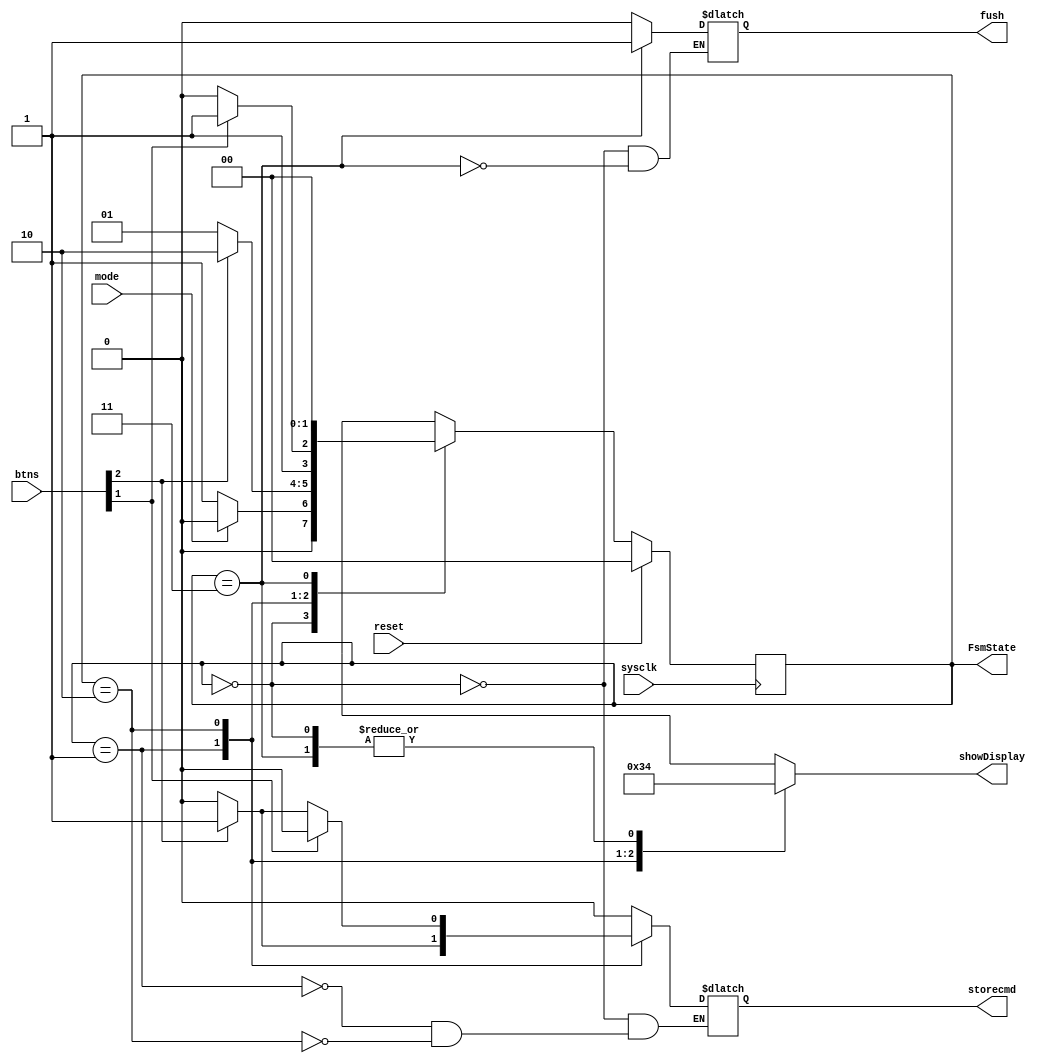
//=================================================================================//
//		File Name: Control_FSM
//		Version	: V0.1
//		Date Create: 7/Dec/2012
//================================================================================//
module Control_FSM(
				// De2 board part ***************//
				sysclk,
				reset,
				btns,
				mode,
				
				// Interface part with other ****//
				fush,
				storecmd,
				showDisplay,
				FsmState
);

input wire 			sysclk;
input wire 			reset;
input wire [2:0]	btns;
input wire 			mode;

output reg  		fush;
output reg  		storecmd;
output reg [1:0]	showDisplay;
output wire[1:0] FsmState;


//************** parameter *****************//
reg [1:0] State;
reg [1:0] NextState;
assign FsmState=State;

parameter INIT = 2'b00,
			 CMD  = 2'b01,
			 PARA = 2'b10,
			 DONE = 2'b11;
			 
always@(posedge sysclk)	
	if(reset)
		State <= INIT;
	else
		State <= NextState;

always@(State)
begin
	case(State)
		INIT:begin
					storecmd  <= 1'b0;
					fush 		 <= 1'b0;
					showDisplay <= 2'b00;
					if(mode)
						NextState <= INIT;
					else
						NextState <= CMD;
				end
		CMD:begin
					showDisplay <=2'b11;
					if(btns[2])
						begin
							NextState <= PARA;
							storecmd  <= 1'b1;
						end
					else begin
							storecmd  <= 1'b0;
							NextState <= CMD;
						  end
			end
		PARA:begin
					showDisplay <=2'b01;
					if(btns[1])begin
						storecmd  <=1'b0;
						NextState <= DONE;
						end
					else if(btns[2])
						begin
							storecmd <= 1'b1;
							NextState <= PARA;
						end
					else begin
							NextState <=PARA;
							storecmd <= 1'b0;
					end
				end
		DONE:begin
					showDisplay <= 2'b00;
					fush 			<= 1'b1;
					NextState   <= INIT;
				end
		endcase
end
endmodule